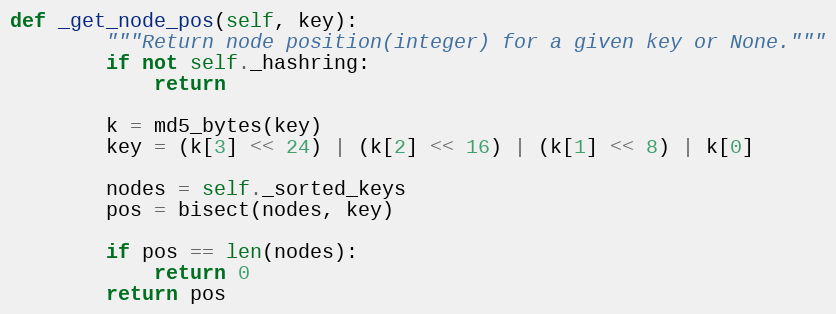
Language: Python
def _get_node_pos(self, key):
        """Return node position(integer) for a given key or None."""
        if not self._hashring:
            return

        k = md5_bytes(key)
        key = (k[3] << 24) | (k[2] << 16) | (k[1] << 8) | k[0]

        nodes = self._sorted_keys
        pos = bisect(nodes, key)

        if pos == len(nodes):
            return 0
        return pos